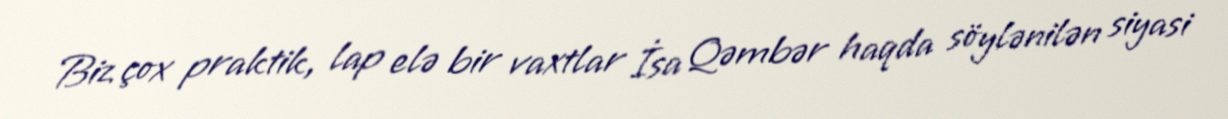
Biz çox praktik, lap elə bir vaxtlar İsa Qəmbər haqda söylənilən siyasi